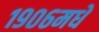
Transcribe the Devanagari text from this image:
१९०६मधे